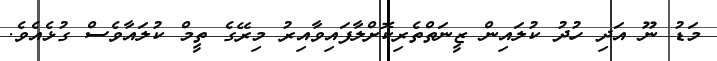
މަޑު ނޫ އަދި ހުދު ކުލައިން ޒީނަތްތެރިކޮށްލާފައިވާއިރު މިރޭގެ ތީމް ކުލައާވެސް ގުޅެއެވެ.